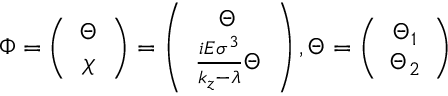
\Phi = \left( \begin{array} { c } { { \Theta } } \\ { { \chi } } \end{array} \right) = \left( \begin{array} { c } { { \Theta } } \\ { { \frac { i E \sigma ^ { 3 } } { k _ { z } - \lambda } \Theta } } \end{array} \right) , \Theta = \left( \begin{array} { c } { { \Theta _ { 1 } } } \\ { { \Theta _ { 2 } } } \end{array} \right)